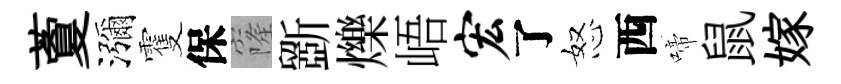
藑瀰䨥保窿斵爍峿宏了怒西啼鼠嫁